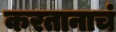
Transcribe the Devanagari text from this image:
करतानाचं